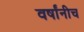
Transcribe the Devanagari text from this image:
वर्षांनीच